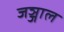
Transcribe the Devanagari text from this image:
जञ्जाल